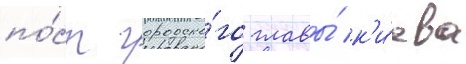
по́ст городско́го главы́ к'и́ева